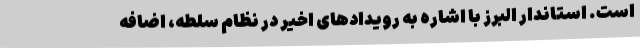
است. استاندار البرز با اشاره به رویدادهای اخیر در نظام سلطه، اضافه